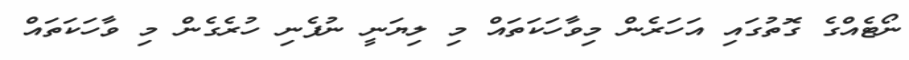
ނޯޓެއްގެ ގޮތުގައި އަހަރެން މިވާހަކަތައް މި ލިޔަނީ ނުފެނި ހުރެގެން މި ވާހަކަތައް